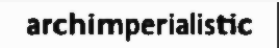
archimperialistic